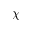
\chi